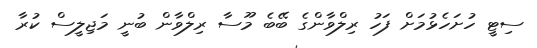
ސިޓީ ހުށަހެޅުމަށް ފަހު ރިލްވާންގެ ބޭބެ މޫސާ ރިލްވާން ބުނީ މަޖިލީސް ކުރާ